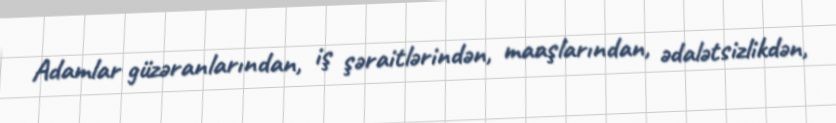
Adamlar güzəranlarından, iş şəraitlərindən, maaşlarından, ədalətsizlikdən,